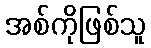
အစ်ကိုဖြစ်သူ